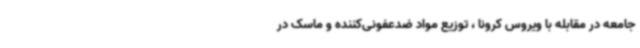
جامعه در مقابله با ویروس کرونا ، توزیع مواد ضدعفونی‌کننده و ماسک در